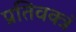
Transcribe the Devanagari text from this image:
प्रतिवक्त्रं